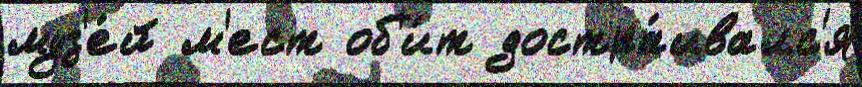
муз'е́й м'ест об'и́т достра́ивалс'я